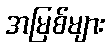
အမြစ်များ